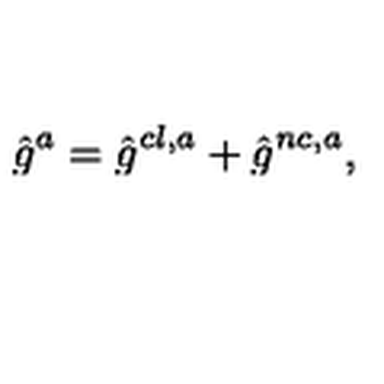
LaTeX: \hat { g } ^ { a } = \hat { g } ^ { c l , a } + \hat { g } ^ { n c , a } ,